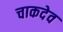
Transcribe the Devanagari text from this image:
चाकदेव